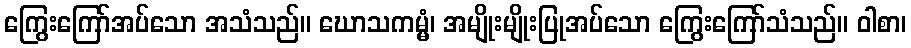
ကြွေးကြော်အပ်သော အသံသည်။ ဃောသကမ္မံ၊ အမျိုးမျိုးပြုအပ်သော ကြွေးကြော်သံသည်။ ဝါစာ၊